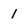
Character: 1